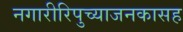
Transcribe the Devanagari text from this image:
नगारीरिपुच्याजनकासह